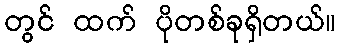
တွင် ထက် ပိုတစ်ခုရှိတယ်။